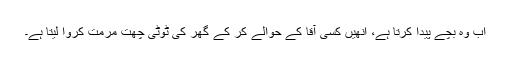
اب وہ بچے پیدا کرتا ہے، انھیں کسی آقا کے حوالے کر کے گھر کی ٹوٹی چھت مرمت کروا لیتا ہے۔